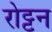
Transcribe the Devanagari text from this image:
रोट्टन